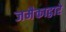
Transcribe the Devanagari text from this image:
जमैकाद्वारे